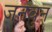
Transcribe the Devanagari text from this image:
जनवुन